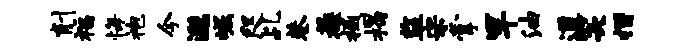
削福悔袍今邈崛咫乩巷蔟撼揭监宋掌竿油遒笑摺